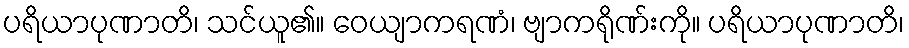
ပရိယာပုဏာတိ၊ သင်ယူ၏။ ဝေယျာကရဏံ၊ ဗျာကရိုဏ်းကို။ ပရိယာပုဏာတိ၊